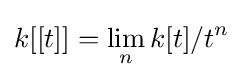
k[[t]]=\lim _{n}k[t]/t^{n}